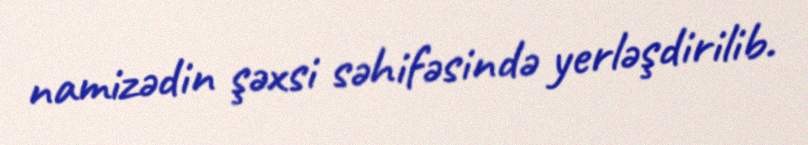
namizədin şəxsi səhifəsində yerləşdirilib.